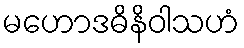
မဟောဒဓိနိဝါသဟံ